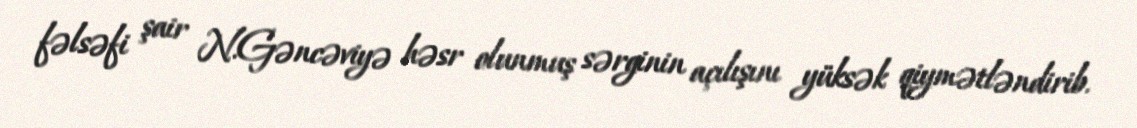
fəlsəfi şair N.Gəncəviyə həsr olunmuş sərginin açılışını yüksək qiymətləndirib.